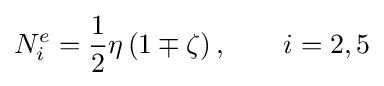
N_{i}^{e}={\frac {1}{2}}\eta \left(1\mp \zeta \right),\qquad i=2,5